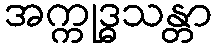
အက္ကုဒ္ဓသန္တာ